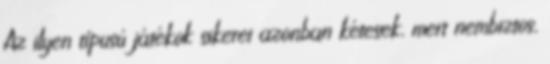
Az ilyen típusú játékok sikerei azonban kétesek, mert nembiztos,